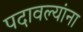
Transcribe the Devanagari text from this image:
पदावल्यांना